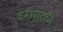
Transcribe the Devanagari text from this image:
वनमाळी